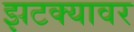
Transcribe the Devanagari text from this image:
झटक्यावर